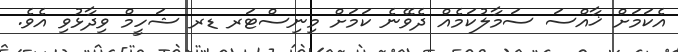
އެކަމަށް ޚާއްސަ ސަމާލުކަމެއް ދެވޭނެ ކަމަށް މިނިސްޓަރ ޑރ ޝަހީމް ވިދާޅުވި އެވެ.